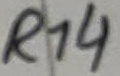
Text: R14